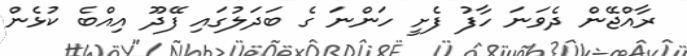
ރާއްޖޭން ދެވަނަ ހާފު ފެށީ ހަންނަ ގެ ބަދަލުގައި ފޭދޫ އިއްބެ ކުޅެން